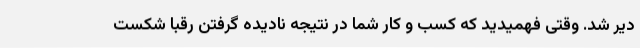
دیر شد. وقتی فهمیدید که کسب و کار شما در نتیجه نادیده گرفتن رقبا شکست